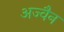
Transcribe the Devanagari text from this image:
अज्वैन